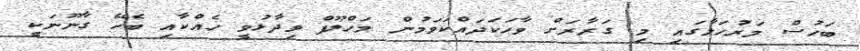
ބަހުސް މަރުހަލާގައި މި ގަރާރަށް ވާހަކަދައްކަވަމުން މަހްލޫފް ވިދާޅުވީ ހެއްކާއި ބެހޭ ގާނޫނަކީ